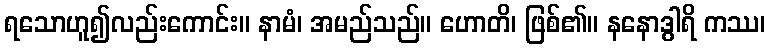
ရသောဟူ၍လည်းကောင်း။ နာမံ၊ အမည်သည်။ ဟောတိ၊ ဖြစ်၏။ နနောဒွါရိ ကဿ၊